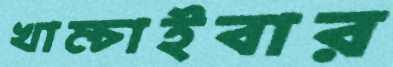
খাম্‌চাইবার